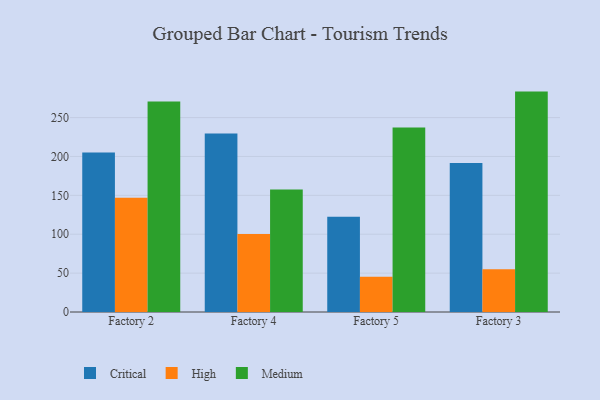
{"axis": {"x": "Factory", "y": "Temperature (°C)"}, "legend": ["Critical", "High", "Medium"], "data": [{"x": "Factory 2", "y": 205.1, "type": "Critical"}, {"x": "Factory 2", "y": 147.0, "type": "High"}, {"x": "Factory 2", "y": 270.7, "type": "Medium"}, {"x": "Factory 4", "y": 229.6, "type": "Critical"}, {"x": "Factory 4", "y": 100.3, "type": "High"}, {"x": "Factory 4", "y": 157.5, "type": "Medium"}, {"x": "Factory 5", "y": 122.5, "type": "Critical"}, {"x": "Factory 5", "y": 45.4, "type": "High"}, {"x": "Factory 5", "y": 237.3, "type": "Medium"}, {"x": "Factory 3", "y": 191.6, "type": "Critical"}, {"x": "Factory 3", "y": 55.1, "type": "High"}, {"x": "Factory 3", "y": 283.4, "type": "Medium"}]}